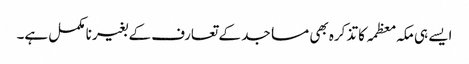
ایسے ہی مکہ معظمہ کا تذکرہ بھی مساجد کے تعارف کے بغیر نا مکمل ہے۔